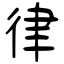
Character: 律